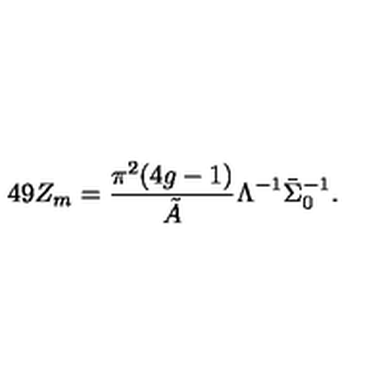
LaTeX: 4 9 Z _ { m } = \frac { \pi ^ { 2 } ( 4 g - 1 ) } { \tilde { A } } \Lambda ^ { - 1 } \bar { \Sigma } _ { 0 } ^ { - 1 } .